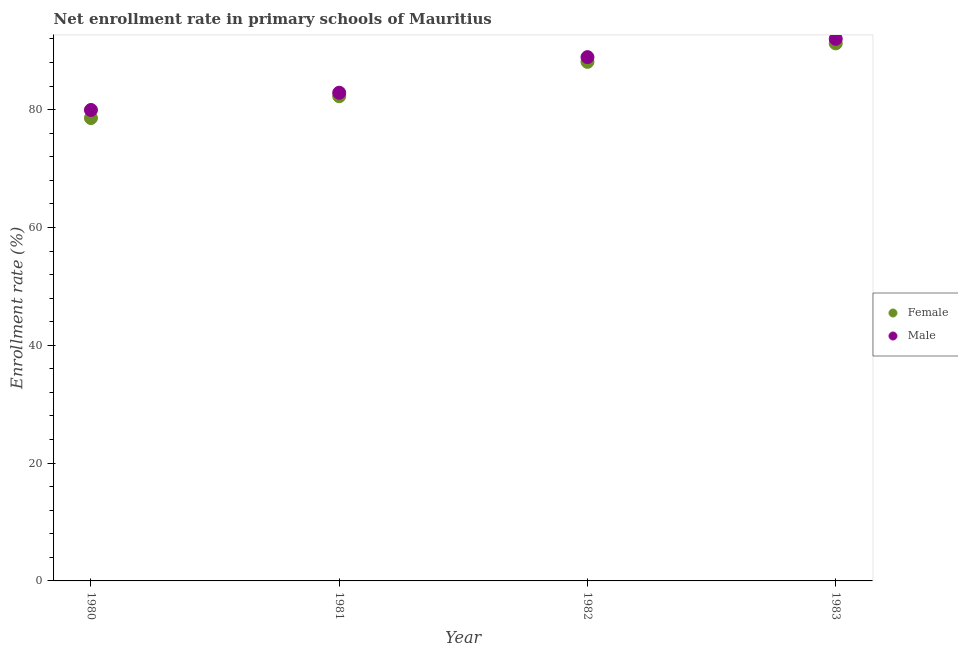
| Year | Female | Male |
 | --- | --- | --- |
 | 1980 | 78.6 | 79.9 |
 | 1981 | 82.3 | 82.9 |
 | 1982 | 88.1 | 88.9 |
 | 1983 | 91.2 | 92 |